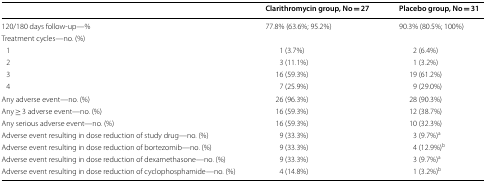
<table><thead><tr><td></td><td><b>Clarithromycin group, No = 27</b></td><td><b>Placebo group, No = 31</b></td></tr></thead><tbody><tr><td>120/180 days follow-up—%</td><td>77.8% (63.6%; 95.2%)</td><td>90.3% (80.5%; 100%)</td></tr><tr><td colspan="3">Treatment cycles—no. (%)</td></tr><tr><td> 1</td><td>1 (3.7%)</td><td>2 (6.4%)</td></tr><tr><td> 2</td><td>3 (11.1%)</td><td>1 (3.2%)</td></tr><tr><td> 3</td><td>16 (59.3%)</td><td>19 (61.2%)</td></tr><tr><td> 4</td><td>7 (25.9%)</td><td>9 (29.0%)</td></tr><tr><td>Any adverse event—no. (%)</td><td>26 (96.3%)</td><td>28 (90.3%)</td></tr><tr><td>Any ≥ 3 adverse event—no. (%)</td><td>16 (59.3%)</td><td>12 (38.7%)</td></tr><tr><td>Any serious adverse event—no. (%)</td><td>16 (59.3%)</td><td>10 (32.3%)</td></tr><tr><td>Adverse event resulting in dose reduction of study drug—no. (%)</td><td>9 (33.3%)</td><td>3 (9.7%)<sup>a</sup></td></tr><tr><td>Adverse event resulting in dose reduction of bortezomib—no. (%)</td><td>9 (33.3%)</td><td>4 (12.9%)<sup>b</sup></td></tr><tr><td>Adverse event resulting in dose reduction of dexamethasone—no. (%)</td><td>9 (33.3%)</td><td>3 (9.7%)<sup>a</sup></td></tr><tr><td>Adverse event resulting in dose reduction of cyclophosphamide—no. (%)</td><td>4 (14.8%)</td><td>1 (3.2%)<sup>b</sup></td></tr></tbody></table>